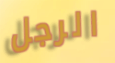
الرجل